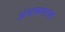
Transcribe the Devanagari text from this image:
अंथरूणास